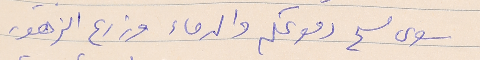
سوى مسح دموعكم والدماء وزرع الزهور